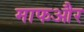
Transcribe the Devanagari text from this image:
माफऔर